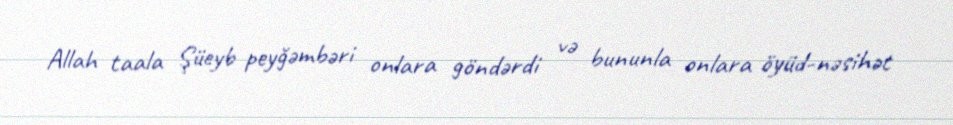
Allah taala Şüeyb peyğəmbəri onlara göndərdi və bununla onlara öyüd-nəsihət